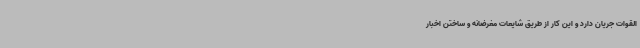
القوات جریان دارد و این کار از طریق شایعات مغرضانه و ساختن اخبار